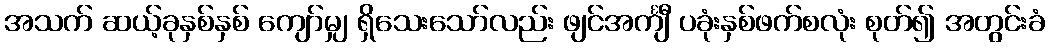
အသက် ဆယ့်ခုနှစ်နှစ် ကျော်မျှ ရှိသေးသော်လည်း ဖျင်အင်္ကျီ ပခုံးနှစ်ဖက်စလုံး စုတ်၍ အတွင်းခံ